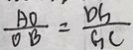
\frac { A O } { O B } = \frac { D G } { G C }